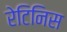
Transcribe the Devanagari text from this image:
रेटिनिस